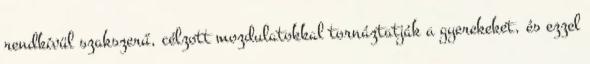
rendkívül szakszerű, célzott mozdulatokkal tornáztatják a gyerekeket, és ezzel